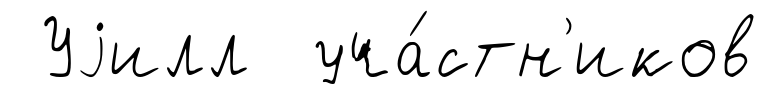
Уjилл уча́стн'иков